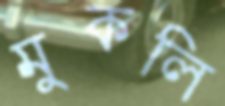
মুকলি